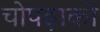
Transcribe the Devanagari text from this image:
चोपड़ाको